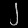
Digit: ၂